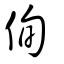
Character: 侚